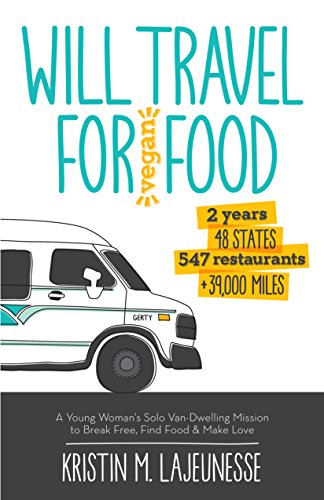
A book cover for Will Travel for Vegan Food: A Young Woman's Solo Van-Dwelling Mission to Break Free, Find Food, and Make Love; Kristin Lajeunesse; Travel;